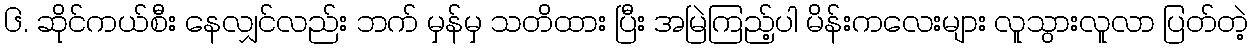
၆. ဆိုင်ကယ်စီး နေလျှင်လည်း ဘက် မှန်မှ သတိထား ပြီး အမြဲကြည့်ပါ မိန်းကလေးများ လူသွားလူလာ ပြတ်တဲ့